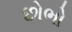
છોભો